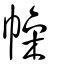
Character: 幧